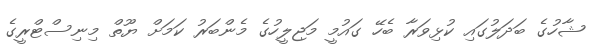
ޝާހުގެ ބަދަލުގައި ކުޅިވަރާ ބެހޭ ގައުމީ މަޖިލީހުގެ މެންބަރު ކަމަށް ޔޫތް މިނިސްޓްރީގެ